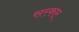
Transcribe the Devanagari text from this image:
सरकाऱ